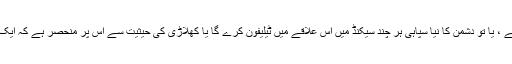
اس وقت تک جب تک الارم متحرک ہے ، یا تو دشمن کا نیا سپاہی ہر چند سیکنڈ میں اس علاقے میں ٹیلیفون کرے گا یا کھلاڑی کی حیثیت سے اس پر منحصر ہے کہ ایک محدود سروومک جاری کیا جائے گا۔